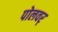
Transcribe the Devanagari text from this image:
पोलवर्